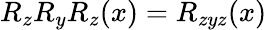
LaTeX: R_{z}R_{y}R_{z}(x)=R_{zyz}(x)